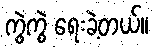
ကွဲကွဲ ရေးခဲ့တယ်။